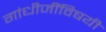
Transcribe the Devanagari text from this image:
गांधीजींविषयी